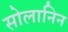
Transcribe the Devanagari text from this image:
सोलानिन